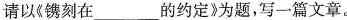
请以《镌刻在___的约定》为题，写一篇文章。